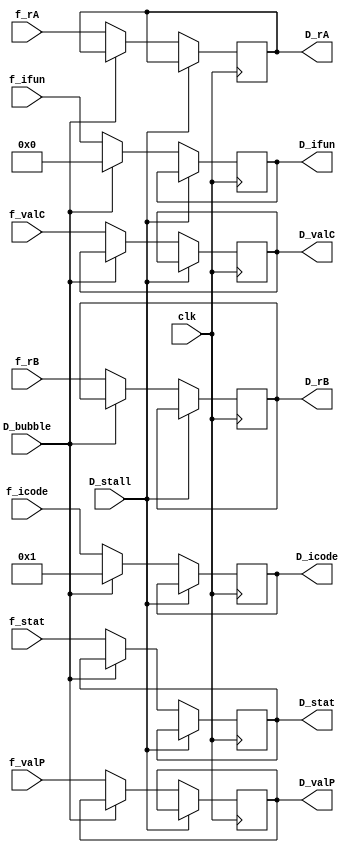
module DECODE_REG(clk,D_stall, D_bubble,f_stat,f_icode,f_ifun,f_rA,f_rB,f_valC,f_valP,
D_stat,D_icode,D_ifun,D_rA,D_rB,D_valC,D_valP);

input clk;
input D_bubble;
input D_stall;
input [2:0]f_stat;
input [3:0]f_icode; 
input [3:0]f_ifun; 
input [3:0]f_rA;
input [3:0]f_rB;
input [63:0]f_valC;
input [63:0]f_valP;

output reg [2:0] D_stat;
output reg [3:0] D_icode; 
output reg [3:0] D_ifun;
output reg [3:0] D_rA;
output reg [3:0] D_rB;
output reg [63:0] D_valC;
output reg [63:0] D_valP;

always @(posedge(clk)) begin
	
	case (D_stall)
		4'h1: begin
			D_stat <= D_stat;
			D_icode <= D_icode;
			D_ifun <= D_ifun;
			D_rA <= D_rA;
			D_rB <= D_rB;
			D_valC <= D_valC;
			D_valP <= D_valP;
		end
		default:begin 
			case (D_bubble)
				4'h1: begin
					D_icode <= 4'h1;
					D_ifun <= 4'h0;
				end
				default: begin
					D_stat <= f_stat;
					D_icode <= f_icode;
					D_ifun <= f_ifun;
					D_rA <= f_rA;
					D_rB <= f_rB;
					D_valC <= f_valC;
					D_valP <= f_valP;
				end
			endcase 
			
			end
	endcase
	
	
end




endmodule